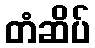
တံဆိပ်